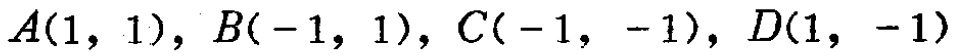
\(A(1,1),B(-1,1),C(-1,-1),D(1,-1)\)